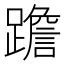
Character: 䠨